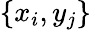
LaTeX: \{ x_{i},y_{j}\}